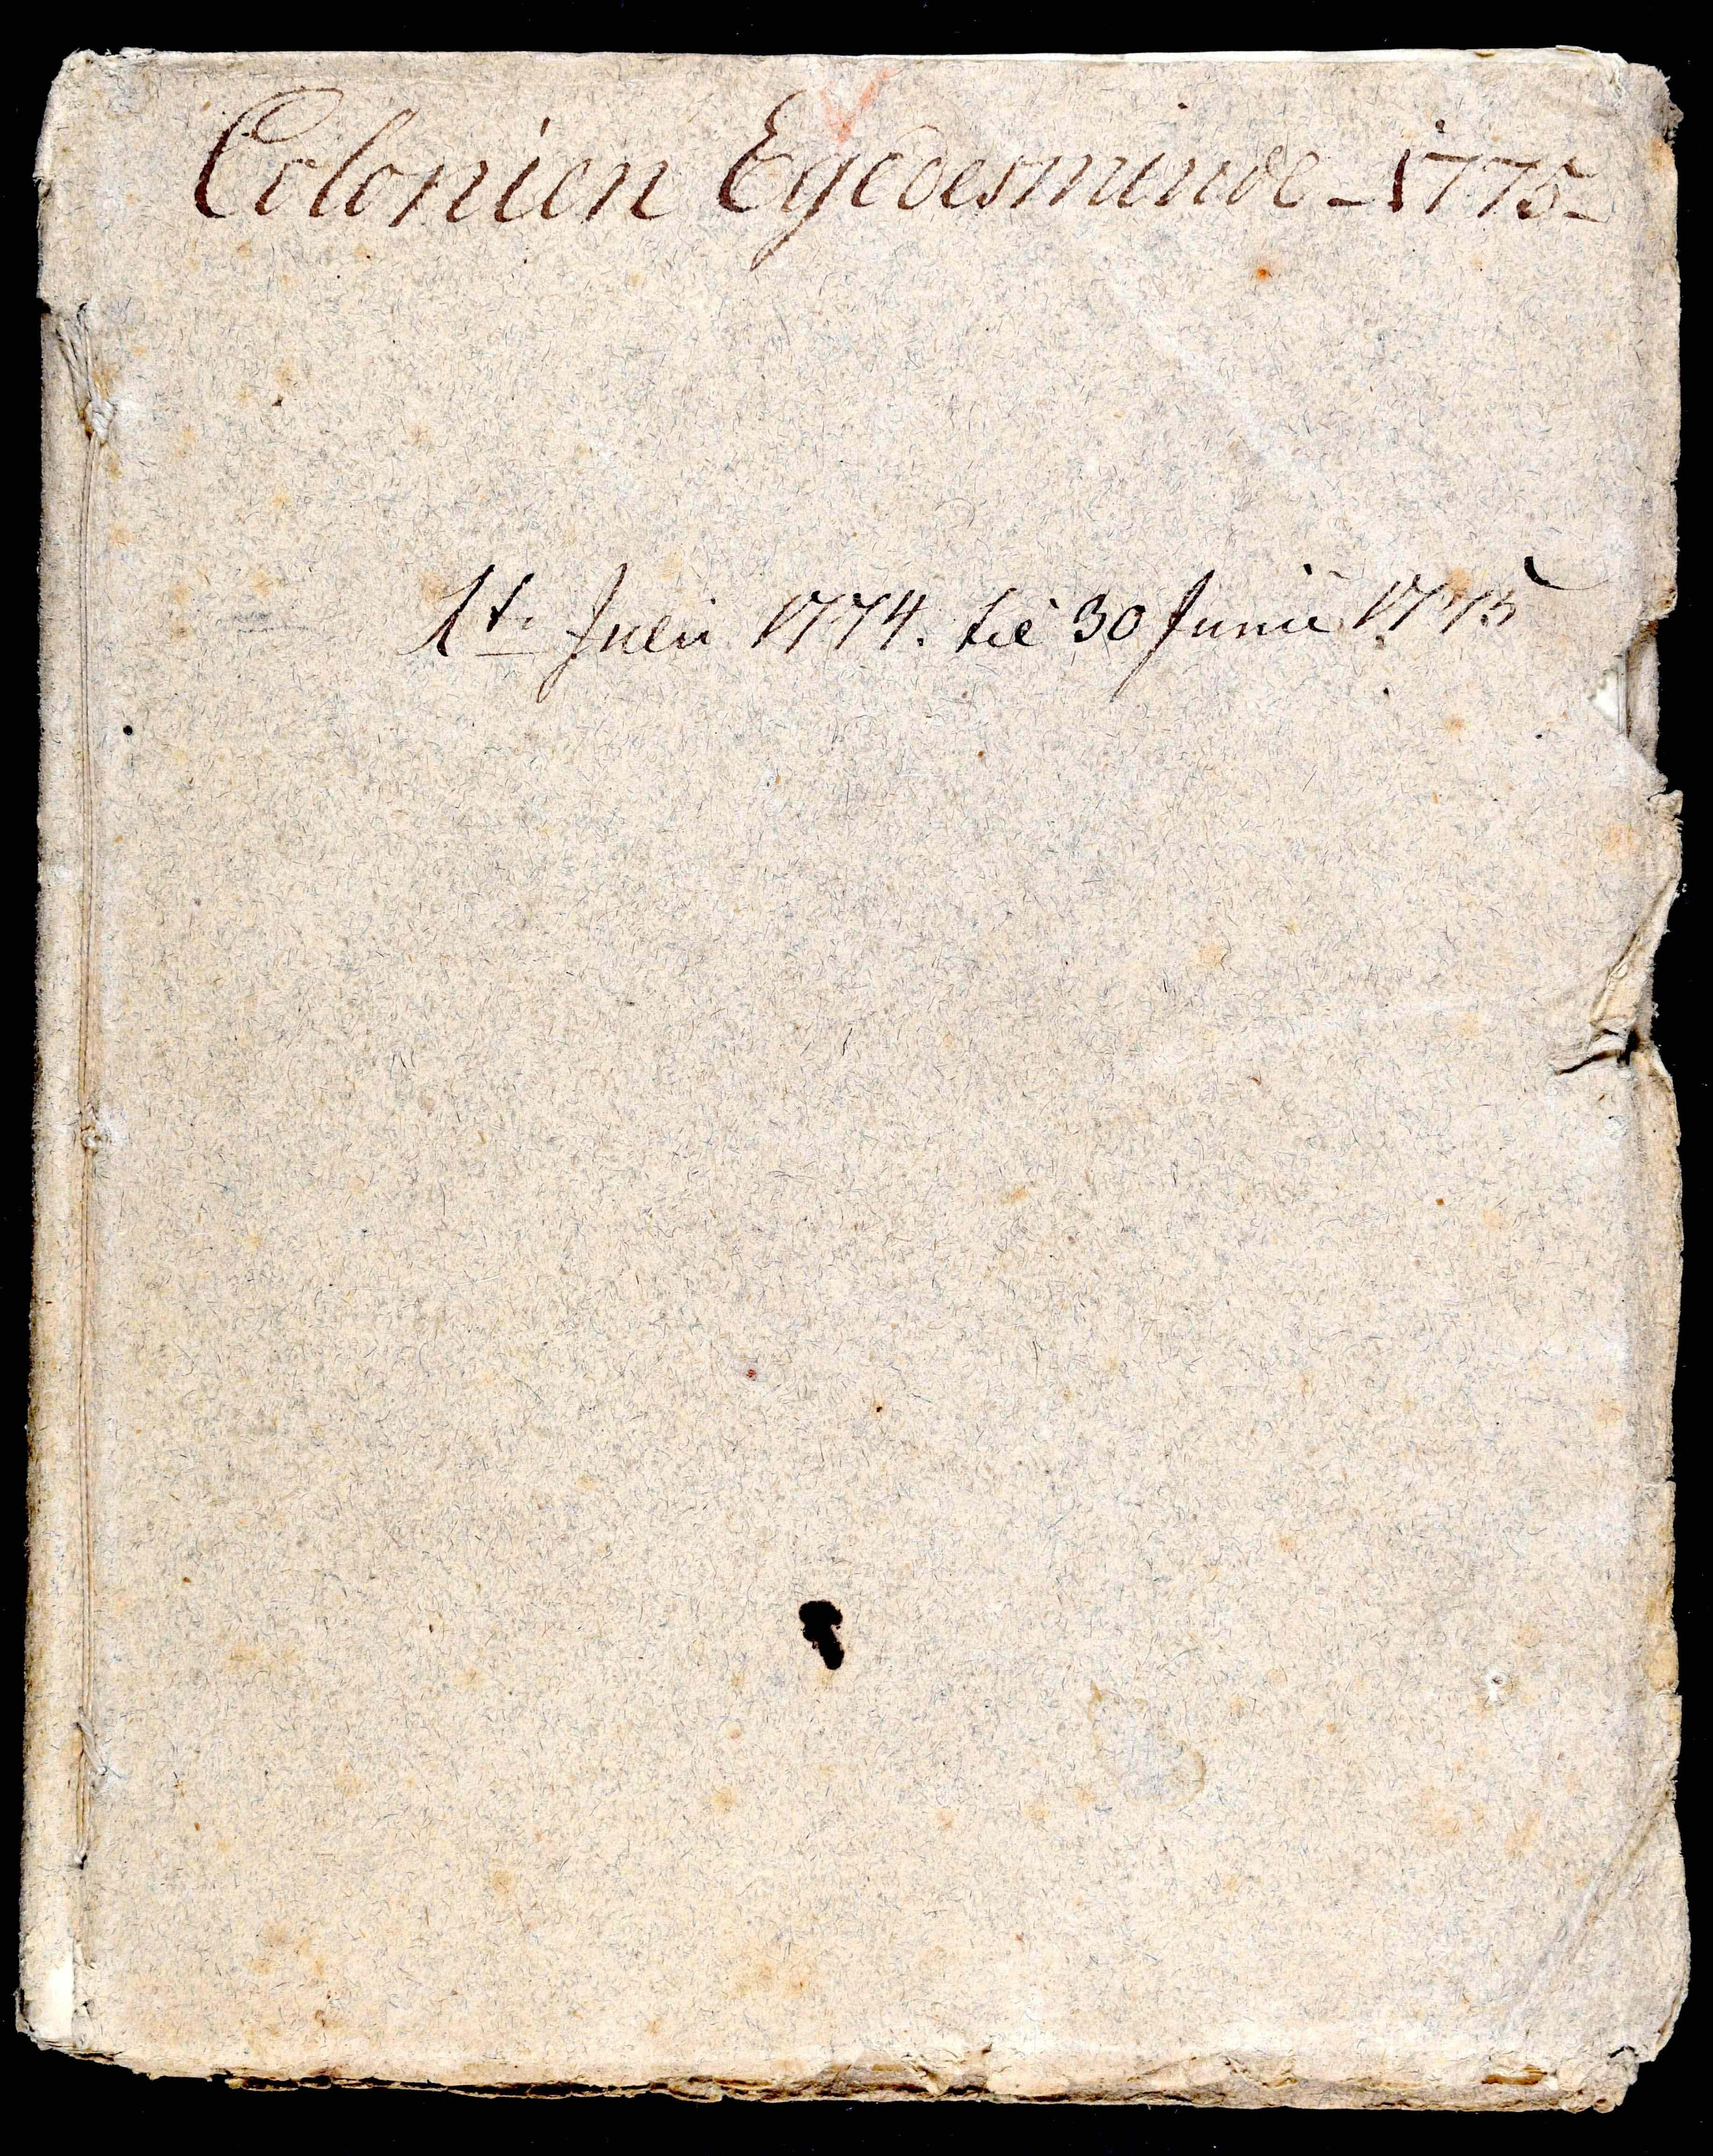
Transkription:
Colonien Egedesminde -1775-

1te Julii 1774. til 30 Junii 1775